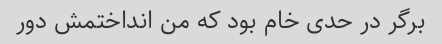
برگر در حدی خام بود که من انداختمش دور